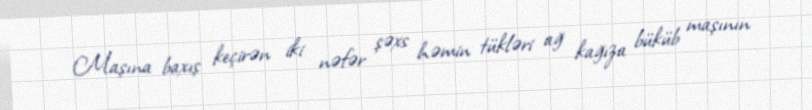
Maşına baxış keçirən iki nəfər şəxs həmin tükləri ağ kağıza büküb maşının